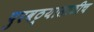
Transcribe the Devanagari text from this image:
पुरवठ्यासाठीच